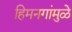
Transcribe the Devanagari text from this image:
हिमनगांमुळे